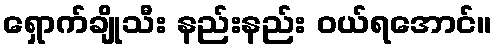
ရှောက်ချိုသီး နည်းနည်း ဝယ်ရအောင်။